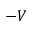
- V